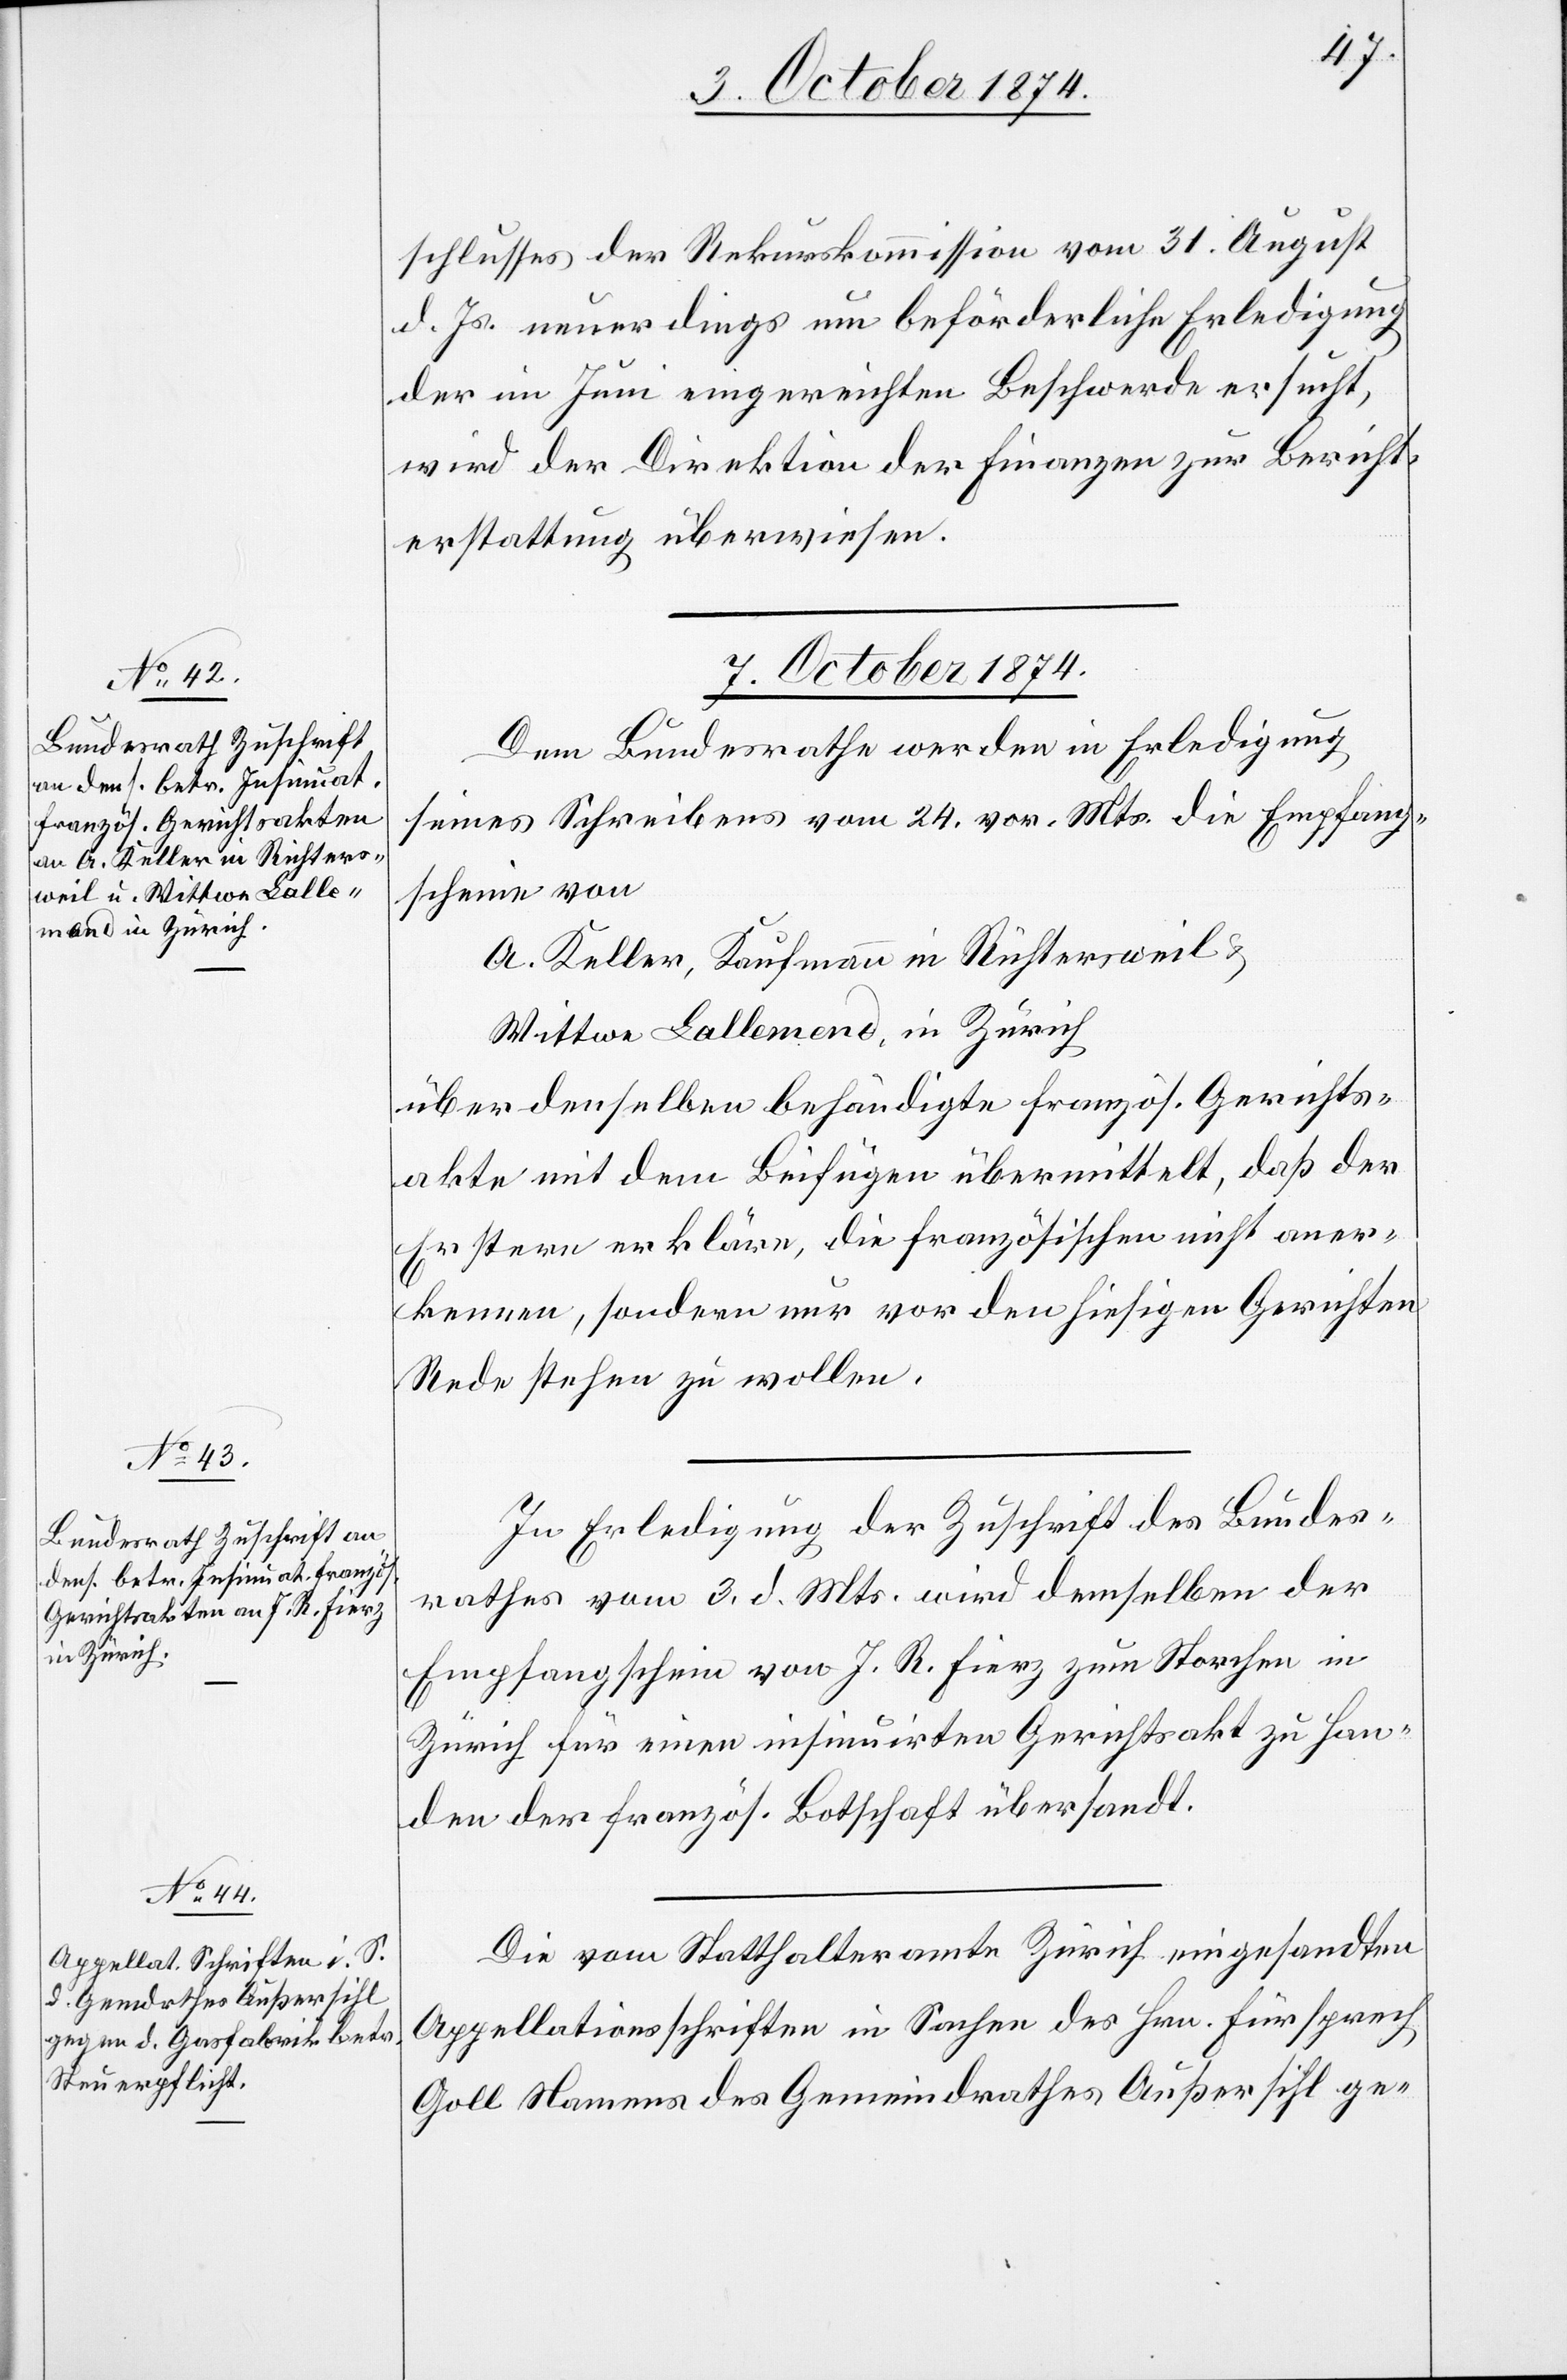
7. October 1874.]
schlusses der Rekurskommission vom 31. August
d. Js. neuerdings um beförderliche Erledigung
der im Juni eingereichten Beschwerde ersucht,
wird der Direktion der Finanzen zur Bericht¬
erstattung überwiesen.
Dem Bundesrathe werden in Erledigung
seines Schreibens vom 24. vor. Mts. die Empfang¬
scheine von
A. Keller, Kaufmann in Richtersweil &
Wittwe Lallemend, in Zürich
über denselben behändigte französ. Gerichts¬
akte mit dem Beifügen übermittelt, daß der
Erstere erkläre, die französischen nicht aner¬
kennen, sondern nur vor den hiesigen Gerichten
Rede stehen zu wollen.
In Erledigung der Zuschrift des Bundes¬
rathes vom 3. d. Mts. wird demselben der
Empfangschein von J. R. Fierz zum Storchen in
Zürich für einen insinuirten Gerichtsakt zu Han¬
den der französ. Botschaft übersandt.
Die vom Statthalteramte Zürich eingesandten
Appellationsschriften in Sachen des Hrn. Fürsprech
Goll Namens des Gemeindrathes Außersihl ge-